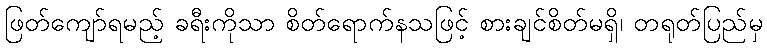
ဖြတ်ကျော်ရမည့် ခရီးကိုသာ စိတ်ရောက်နသဖြင့် စားချင်စိတ်မရှိ၊ တရုတ်ပြည်မှ